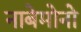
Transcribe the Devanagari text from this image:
नाबेमोनो